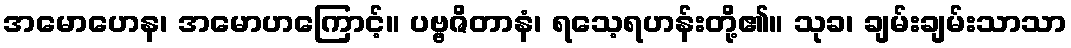
အမောဟေန၊ အမောဟကြောင့်။ ပဗ္ဗဇိတာနံ၊ ရသေ့ရဟန်းတို့၏။ သုခ၊ ချမ်းချမ်းသာသာ